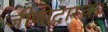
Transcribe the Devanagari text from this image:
जीणोद्धारक